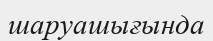
шаруашығында